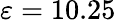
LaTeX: \varepsilon=10.25